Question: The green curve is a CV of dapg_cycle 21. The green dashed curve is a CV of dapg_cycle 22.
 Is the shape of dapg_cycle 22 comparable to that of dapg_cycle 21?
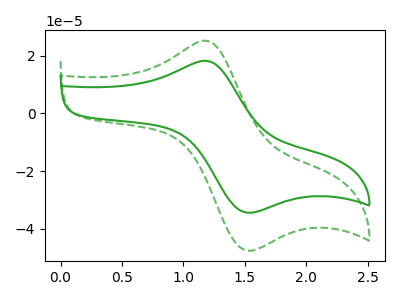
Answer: <think>The green curve "dapg_cycle 21" has an anodic peak at (1.15V, 18.30uA) and a cathodic peak at (1.50V, -34.25uA). The green dashed curve "dapg_cycle 22" has an anodic peak at (1.15V, 25.30uA) and a cathodic peak at (1.50V, -47.40uA).
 All the peaks in "dapg_cycle 22" have a peak in "dapg_cycle 21" at the same potential. Every peak in "dapg_cycle 22" is higher than every peak in "dapg_cycle 21".</think>
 <answer>"dapg_cycle 22" and "dapg_cycle 21" are similar in shape.</answer>
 <eval>same_shape</eval>